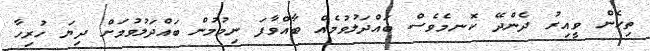
ތިހެން ވީއިރު ދެންދޭ ކޮނމެވެސް ބައްދަލުވުމެއް ބާއްވާފަ ނިމުމުން ބައްދަލުވުމަށް ދިޔަ ހުރިހާ